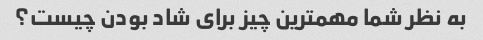
به نظر شما مهمترین چیز برای شاد بودن چیست؟